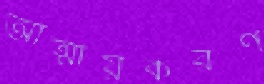
আত্মীয়করণ